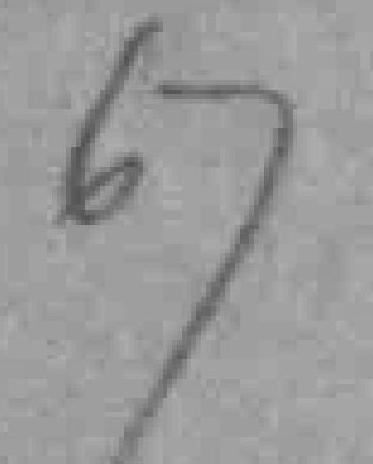
67